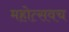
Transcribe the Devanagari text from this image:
महोत्सवच